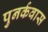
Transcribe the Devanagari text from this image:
पुनर्कवास